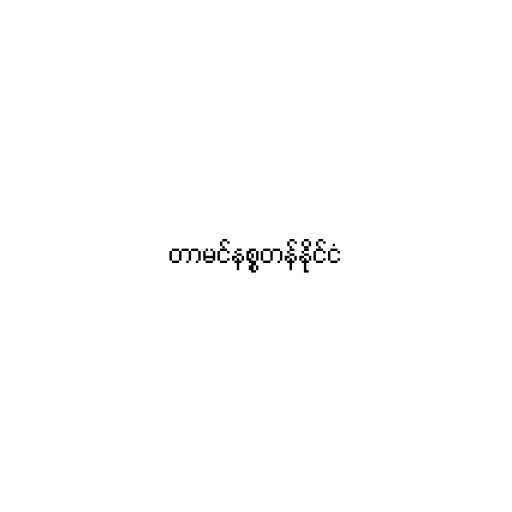
တာမင်နစ္စတန်နိုင်ငံ